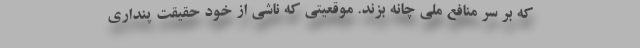
که بر سر منافع ملی چانه بزند. موقعیتی که ناشی از خود حقیقت پنداری